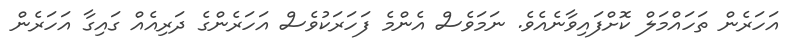
އަހަރެން ތަހައްމަލް ކޮށްފައިވާނެއެވެ. ނަމަވެސް އެންމެ ފަހަރަކުވެސް އަހަރެންގެ ދަރިއެއް ގައިގާ އަހަރެން